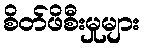
စိတ်ဖိစီးမှုများ